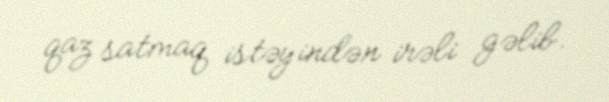
qaz satmaq istəyindən irəli gəlib.